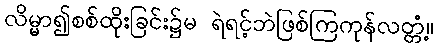
လိမ္မာ၍စစ်ထိုးခြင်း၌မ ရဲရင့်ဘဲဖြစ်ကြကုန်လတ္တံ့။